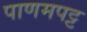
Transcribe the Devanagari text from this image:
पाणमपट्ट